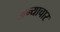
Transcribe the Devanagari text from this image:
अन्याचार